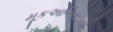
મૂકઅભિનયનો